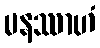
မနဿာဟံ